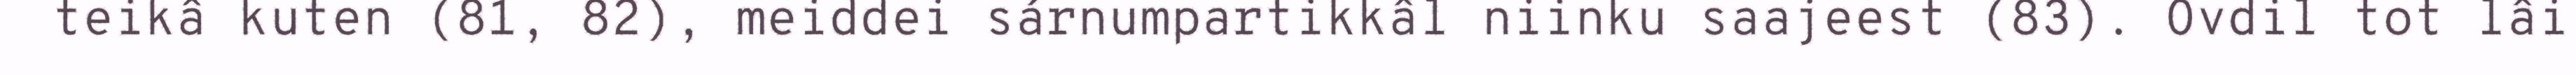
teikâ kuten (81, 82), meiddei sárnumpartikkâl niinku saajeest (83). Ovdil tot lâi